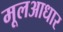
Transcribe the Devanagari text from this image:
मूलआधार